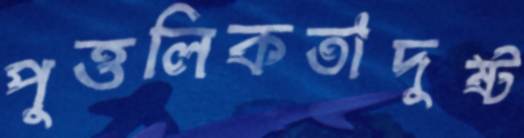
পুত্তলিকতাদুষ্ট